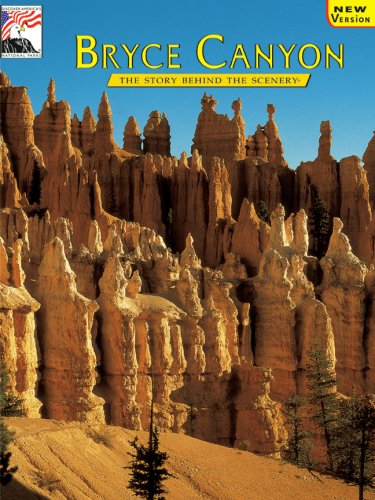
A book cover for Bryce Canyon: The Story Behind the Scenery (Discover America: National Parks); John Bezy; Travel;